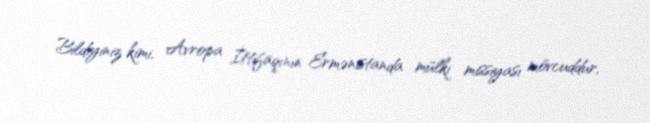
Bildiyiniz kimi, Avropa İttifaqının Ermənistanda mülki missiyası mövcuddur,